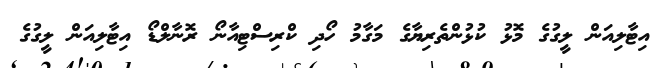
އިޓާލިއަން ލީގުގެ މޮޅު ކުޅުންތެރިޔާގެ މަގާމު ހޯދި ކްރިސްޓިއާނޯ ރޮނާލްޑޯ އިޓާލިއަން ލީގުގެ